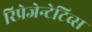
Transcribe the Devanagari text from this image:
रिप्रेजेन्टेटिव्स